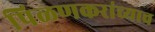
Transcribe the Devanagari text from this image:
पिळणकरांच्याच